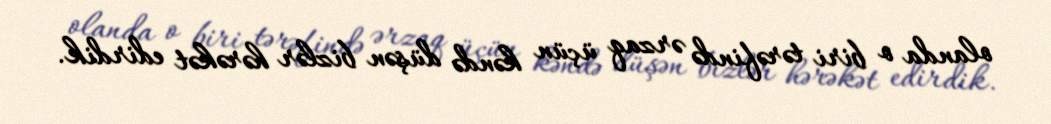
olanda o biri tərəfində ərzaq üçün kəndə düşən bizlər hərəkət edirdik.